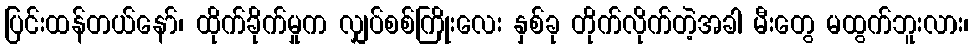
ပြင်းထန်တယ်နော်၊ ထိုက်ခိုက်မှုက လျှပ်စစ်ကြိုးလေး နှစ်ခု တိုက်လိုက်တဲ့အခါ မီးတွေ မထွက်ဘူးလား၊